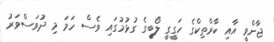
ޖާންވީ އާއި ކާރްތިކްގެ ހަގީގީ ލޯބީގެ ގުޅުމުގައި ވެސް ހަމަ މި ދުވަސްވަރު